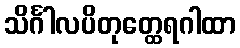
သိင်္ဂါလပိတုတ္ထေရဂါထာ